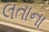
લતાના